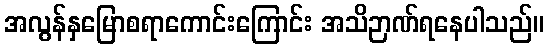
အလွန်နှမြောစရာကောင်းကြောင်း အသိဉာဏ်ရနေပါသည်။